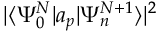
| \langle \Psi _ { 0 } ^ { N } | a _ { p } | \Psi _ { n } ^ { N + 1 } \rangle | ^ { 2 }